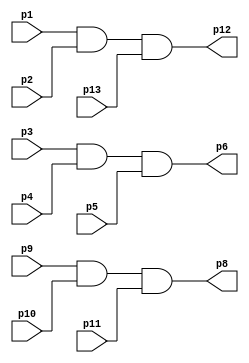
/////////////////////////////////////////
// 74HC11 - Triple 3-input AND gate
//
// Antonio Sanchez (@TheSonders)
////////////////////////////////////////

module HC11(
    input wire p1,p2,p13,
    input wire p3,p4,p5,
    input wire p9,p10,p11,
    output wire p12,p6,p8
);

assign p12=p1 & p2 & p13;
assign p6=p3 & p4 & p5;
assign p8=p9 & p10 & p11;

endmodule